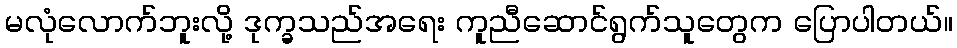
မလုံလောက်ဘူးလို့ ဒုက္ခသည်အရေး ကူညီဆောင်ရွက်သူတွေက ပြောပါတယ်။